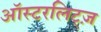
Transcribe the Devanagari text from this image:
ऑस्टरलिट्ज़